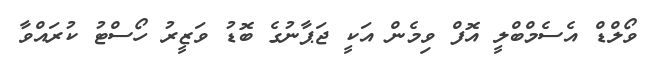
ވޯލްޑް އެސެމްބްލީ އޮފް ވިމެން އަކީ ޖަޕާނުގެ ބޮޑު ވަޒީރު ހޯސްޓު ކުރައްވާ